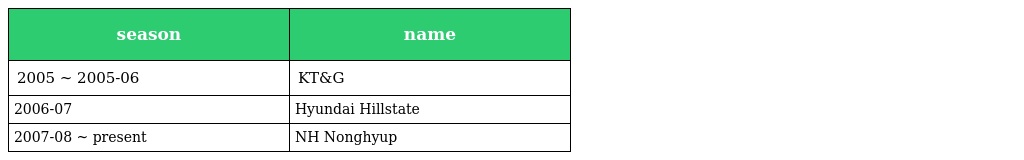
| season | name |
 | --- | --- |
 | 2005 ~ 2005-06 | KT&G |
 | 2006-07 | Hyundai Hillstate |
 | 2007-08 ~ present | NH Nonghyup |